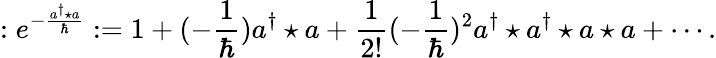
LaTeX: :e^{-\frac{a^{\dagger}\star a}{\hbar}}:=1+(-\frac{1}{\hbar})a^{\dagger}\star a+\frac{1}{2!}(-\frac{1}{\hbar})^{2}a^{\dagger}\star a^{\dagger}\star a\star a+\cdots.